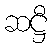
ဆဋ္ဌီ